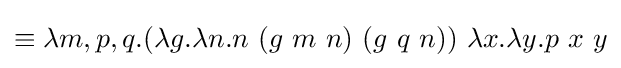
\equiv \lambda m,p,q.(\lambda g.\lambda n.n\ (g\ m\ n)\ (g\ q\ n))\ \lambda x.\lambda y.p\ x\ y